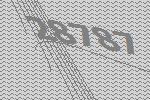
28787